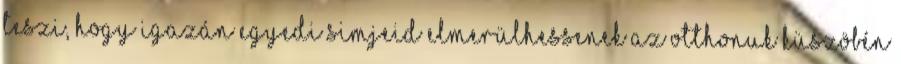
teszi, hogy igazán egyedi simjeid elmerülhessenek az otthonuk küszöbén